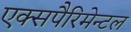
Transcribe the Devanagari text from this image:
एक्सपैरिमेन्टल